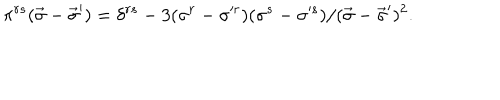
LaTeX: \pi ^ { r s } ( \vec { \sigma } - \vec { \sigma } ^ { \prime } ) = \delta ^ { r s } - 3 ( \sigma ^ { r } - \sigma ^ { r } ) ( \sigma ^ { s } - \sigma ^ { s } ) / ( \vec { \sigma } - \vec { \sigma } ^ { \prime } ) ^ { 2 } .